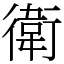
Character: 衛